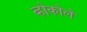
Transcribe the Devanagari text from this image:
व्होकोले